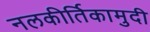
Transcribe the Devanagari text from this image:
नलकीर्तिकामुदी